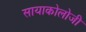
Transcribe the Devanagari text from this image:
सायाकोलोजी